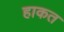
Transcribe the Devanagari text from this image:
हाकत